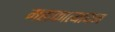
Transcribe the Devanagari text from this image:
महाकात्यायन